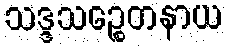
သဒ္ဒသဉ္စေတနာယ